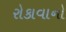
રોકાવાનો